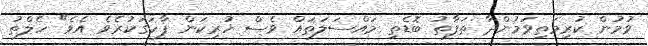
ވުމުން ކުރިމަތިވަމުންދާ ތަފާތު ބޮޑެތި މައްސަލަތައް ވެސް ހުރިކަން ފާހަގަކުރެވެ އެވެ" ހެލްތު